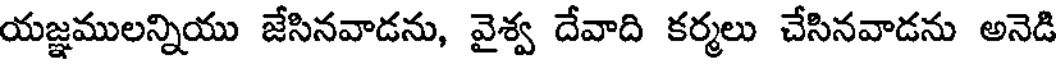
యజ్ఞములన్నియు జేసినవాడను, వైశ్వ దేవాది కర్మలు చేసినవాడను అనెడి